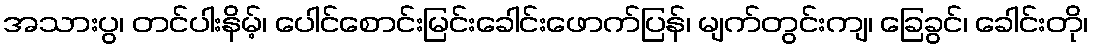
အသားပွ၊ တင်ပါးနိမ့်၊ ပေါင်စောင်းမြင်းခေါင်းဖောက်ပြန်၊ မျက်တွင်းကျ၊ ခြေခွင်၊ ခေါင်းတို၊